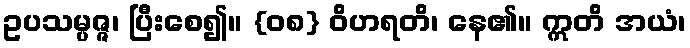
ဥပသမ္ပဇ္ဇ၊ ပြီးစေ၍။ {၀၈} ဝိဟရတိ၊ နေ၏။ ဣတိ အယံ၊